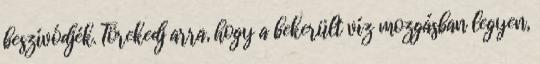
beszívódjék. Törekedj arra, hogy a bekerült víz mozgásban legyen,